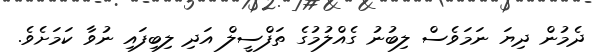
ދެމުން ދިޔަ ނަމަވެސް ލިބުނު ގެއްލުމުގެ ތަފްސީލް އަދި ލިބިފައި ނުވާ ކަމަށެވެ.